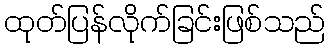
ထုတ်ပြန်လိုက်ခြင်းဖြစ်သည်